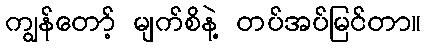
ကျွန်တော့် မျက်စိနဲ့ တပ်အပ်မြင်တာ။